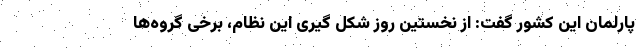
پارلمان این کشور گفت: از نخستین روز شکل گیری این نظام، برخی گروه‌ها